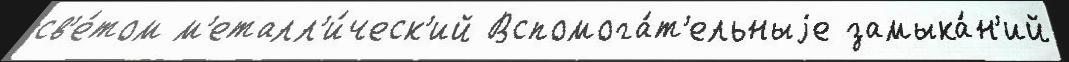
св'е́том м'еталл'и́ческ'ий Вспомога́т'ельныjе замыка́н'ий